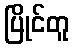
ပြိုင်တူ